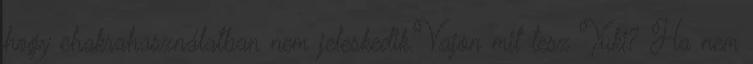
hogy chakrahasználatban nem jeleskedik.Vajon mit tesz Yuki? Ha nem